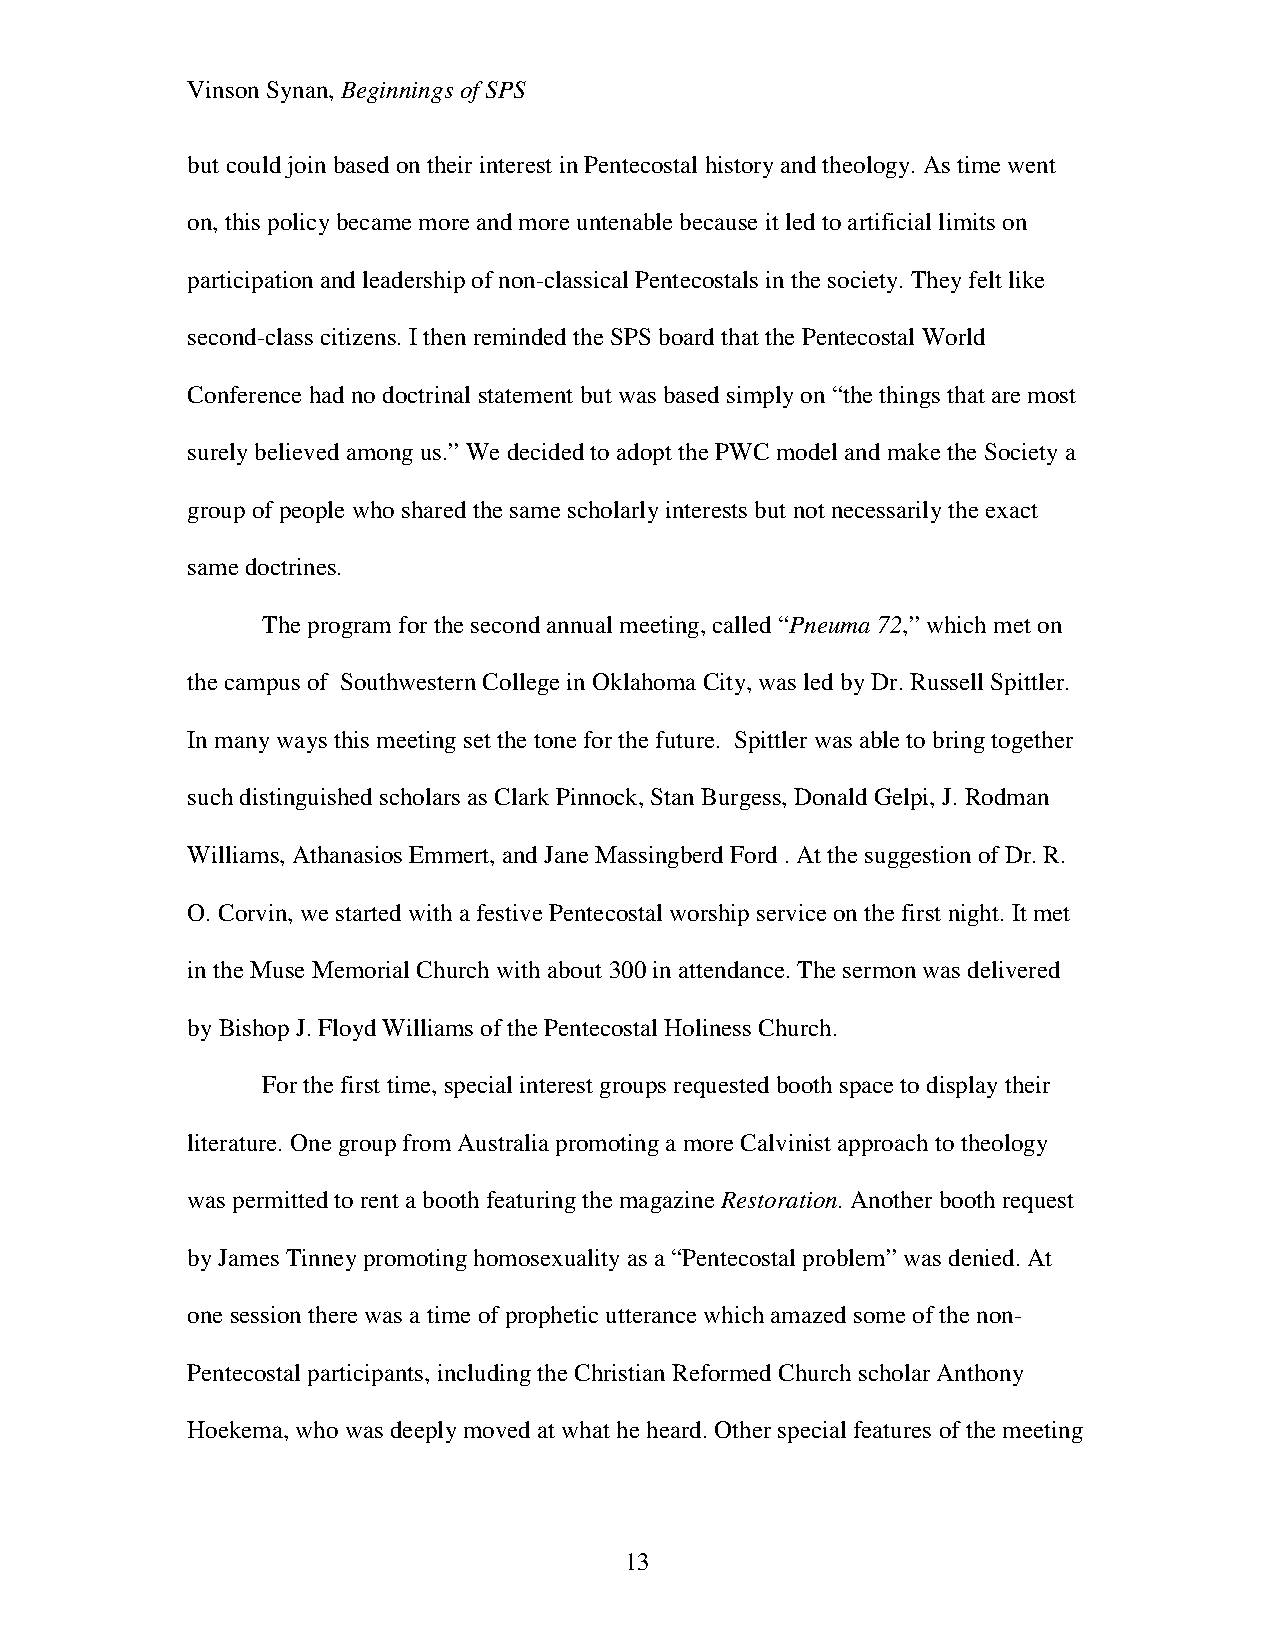
Vinson Synan, Beginnings of SPS
 but could join based on their interest in Pentecostal history and theology. As time went
 on, this policy became more and more untenable because it led to artificial limits on
 participation and leadership of non-classical Pentecostals in the society. They felt like
 second-class citizens. I then reminded the SPS board that the Pentecostal World
 Conference had no doctrinal statement but was based simply on “the things that are most
 surely believed among us.” We decided to adopt the PWC model and make the Society a
 group of people who shared the same scholarly interests but not necessarily the exact
 same doctrines.
 The program for the second annual meeting, called “Pneuma 72,” which met on
 the campus of Southwestern College in Oklahoma City, was led by Dr. Russell Spittler.
 In many ways this meeting set the tone for the future. Spittler was able to bring together
 such distinguished scholars as Clark Pinnock, Stan Burgess, Donald Gelpi, J. Rodman
 Williams, Athanasios Emmert, and Jane Massingberd Ford . At the suggestion of Dr. R.
 O. Corvin, we started with a festive Pentecostal worship service on the first night. It met
 in the Muse Memorial Church with about 300 in attendance. The sermon was delivered
 by Bishop J. Floyd Williams of the Pentecostal Holiness Church.
 For the first time, special interest groups requested booth space to display their
 literature. One group from Australia promoting a more Calvinist approach to theology
 was permitted to rent a booth featuring the magazine Restoration. Another booth request
 by James Tinney promoting homosexuality as a “Pentecostal problem” was denied. At
 one session there was a time of prophetic utterance which amazed some of the non-
 Pentecostal participants, including the Christian Reformed Church scholar Anthony
 Hoekema, who was deeply moved at what he heard. Other special features of the meeting
 13